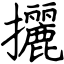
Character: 攦